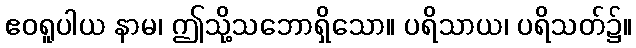
ဧဝရူပါယ နာမ၊ ဤသို့သဘောရှိသော။ ပရိသာယ၊ ပရိသတ်၌။